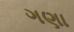
ગણા